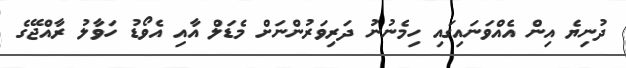
ދުނިޔެ އިން އެއްވަނައިގައި ހިމެނުނު ދަރިވަރުންނަށް މެޑަލް އާއި އެވޯޑު ހަވާލު ރާއްޖޭގެ